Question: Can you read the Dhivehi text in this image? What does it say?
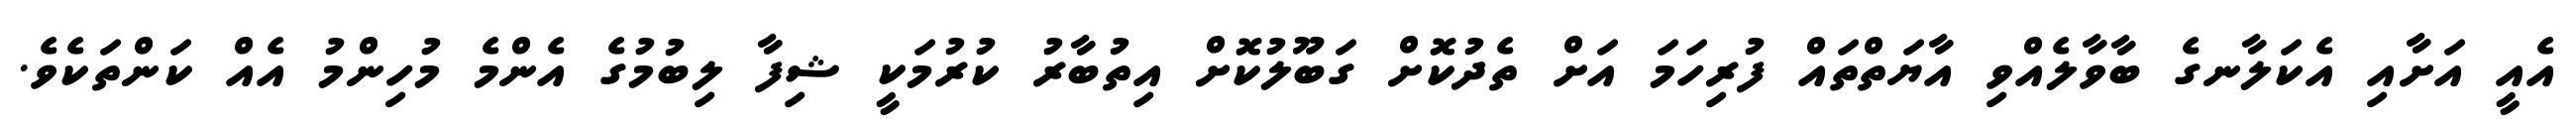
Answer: އެއީ އަށާއި އެކަލާނގެ ބާވާލެއްވި އާޔަތްތައް ފުރިހަމަ އަށް ތެދުކޮށް ގަބޫލުކޮށް އިތުބާރު ކުރުމަކީ ޝިފާ ލިބުމުގެ އެންމެ މުހިންމު އެއް ކަންތަކެވެ.